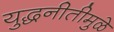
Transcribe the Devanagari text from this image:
युद्धनीतीमुळे